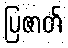
ပြဇာတ်